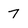
Character: 7